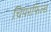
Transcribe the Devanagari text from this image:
चिपरफिल्ड